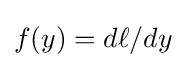
f(y)={d\ell }/{dy}